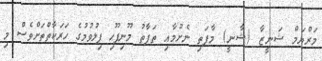
މަރްޔަމް ޝަނީޒާ (ޝާނީ) މާފަތި ނެށުމާއި ތަފާތު މޫނިފޫހި ފިލުވުމުގެ ހަރަކާތްތަށްވެސް މި